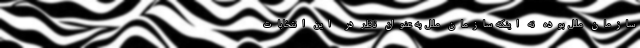
سازمان ملل بوده نه اینکه سازمان ملل به عنوان ناظر در این انتخابات